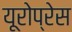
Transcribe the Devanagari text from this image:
यूरोप्रेस